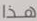
هذا